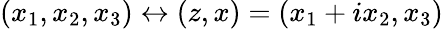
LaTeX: (x_{1},x_{2},x_{3})\leftrightarrow(z,x)=(x_{1}+ix_{2},x_{3})